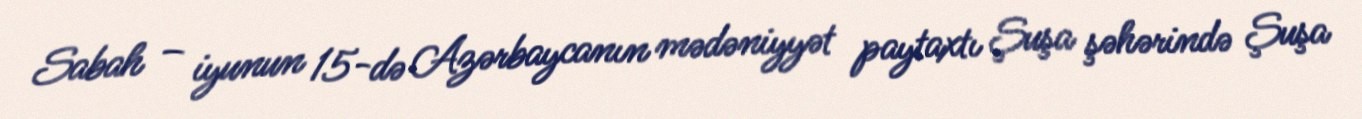
Sabah – iyunun 15-də Azərbaycanın mədəniyyət paytaxtı Şuşa şəhərində Şuşa